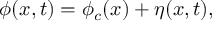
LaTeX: \phi ( x , t ) = \phi _ { c } ( x ) + \eta ( x , t ) ,